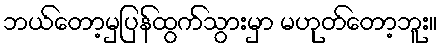
ဘယ်တော့မှပြန်ထွက်သွားမှာ မဟုတ်တော့ဘူး။